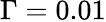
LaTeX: \Gamma=0.01